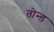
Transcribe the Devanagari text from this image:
तोन्ड